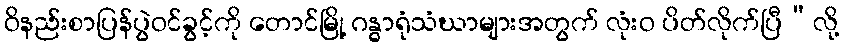
ဝိနည်းစာပြန်ပွဲဝင်ခွင့်ကို တောင်မြို့ ဂန္ဓာရုံသံဃာများအတွက် လုံးဝ ပိတ်လိုက်ပြီ”လို့